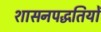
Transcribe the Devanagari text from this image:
शासनपद्धतियों